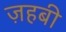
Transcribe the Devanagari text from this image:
ज़हबी